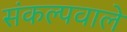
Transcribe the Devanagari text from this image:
संकल्पवाले